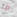
ما